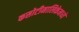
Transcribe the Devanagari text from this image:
कसोटीमालिकेमध्ये